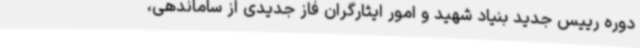
دوره رییس جدید بنیاد شهید و امور ایثارگران فاز جدیدی از ساماندهی،